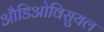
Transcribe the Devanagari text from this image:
औडिओविसुयल